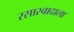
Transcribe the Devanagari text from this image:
रसास्वादाला